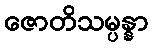
ဇောတိသမ္ပန္နာ